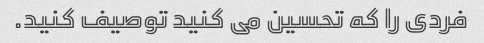
فردی را که تحسین می کنید توصیف کنید.